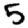
Digit: 5